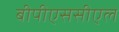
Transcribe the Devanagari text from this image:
बीपीएससीएल